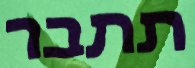
תתבר